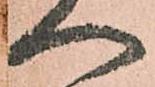
へ